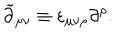
\tilde { \partial } _ { \mu \nu } \equiv \varepsilon _ { \mu \nu \rho } \partial ^ { \rho } .